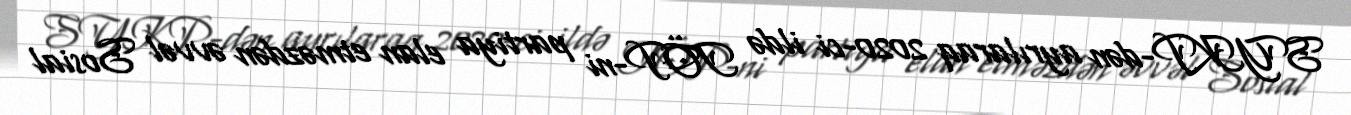
SYKP-dən ayrılaraq 2020-ci ildə TÖP-ni partiya elan etməzdən əvvəl Sosial